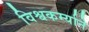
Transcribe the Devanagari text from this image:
विश्वकर्म्याने